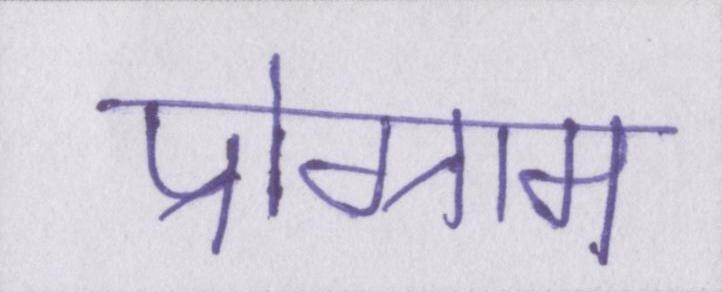
प्रोग्राम